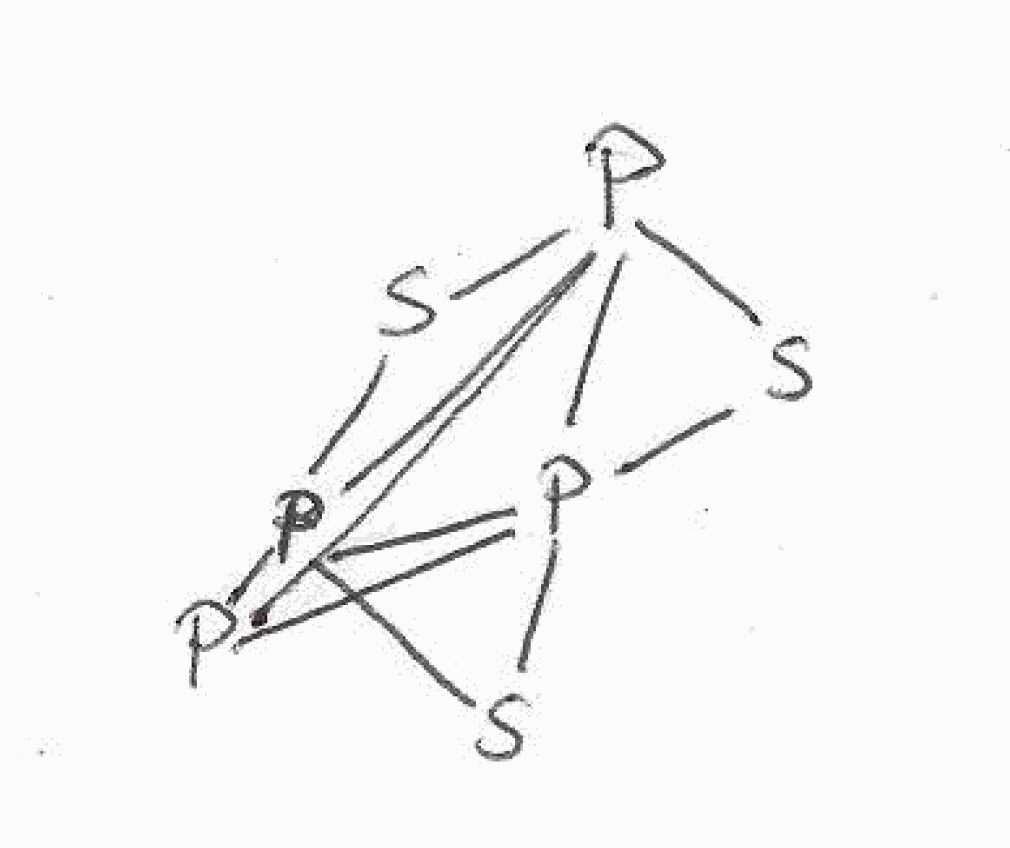
Simplified molecular-input line-entry system (SMILES) notation of the given molecule:
P12P345P16(P23(S4)S6)S5